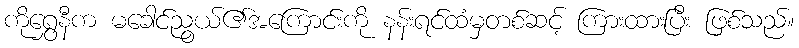
ကိုရွှေနီက မခေါင်ညွယ်၏အကြောင်းကို နန်းရင်ထံမှတစ်ဆင့် ကြားထားပြီး ဖြစ်သည်။